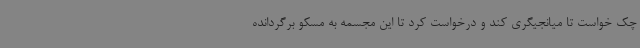
چک خواست تا میانجیگری کند و درخواست کرد تا این مجسمه به مسکو برگردانده